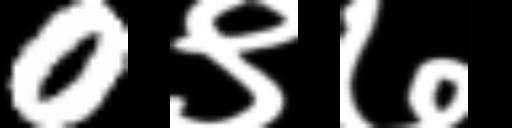
Text: 0९७